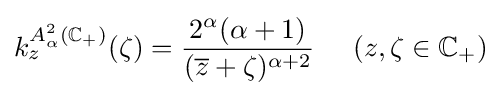
k_{z}^{A_{\alpha }^{2}(\mathbb {C} _{+})}(\zeta )={\frac {2^{\alpha }(\alpha +1)}{({\overline {z}}+\zeta )^{\alpha +2}}}\;\;\;\;\;(z,\zeta \in \mathbb {C} _{+})